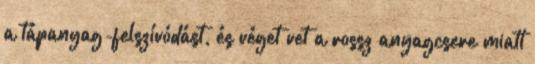
a tápanyag-felszívódást, és véget vet a rossz anyagcsere miatt